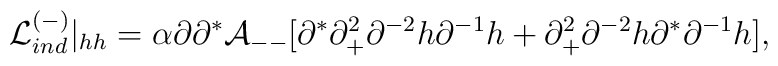
{\cal L}^{(-)}_{ind} \vert_{hh} =  \alpha \partial \partial^*{\cal A}_{--}[ \partial^* \partial_+^2 \partial^{-2} h \partial^{-1} h +  \partial_+^2 \partial^{-2} h \partial^* \partial^{-1} h ],